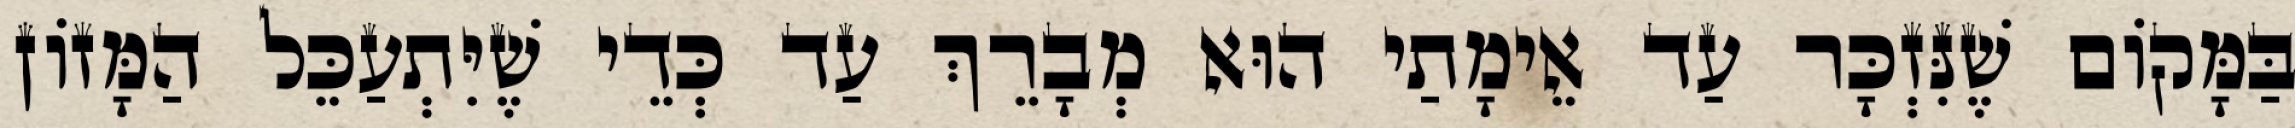
בַּמָּקוֹם שֶׁנִּזְכָּר עַד אֵימָתַי הוּא מְבָרֵךְ עַד כְּדֵי שֶׁיִּתְעַכֵּל הַמָּזוֹן